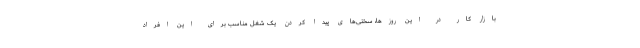
بازار کار در این روزها، سختی‌های پیدا کردن یک شغل مناسب برای این افراد